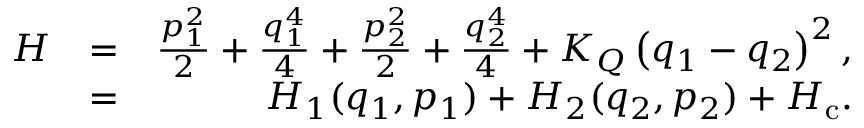
\begin{array} { r l r } { H } & { = } & { \frac { p _ { 1 } ^ { 2 } } { 2 } + \frac { q _ { 1 } ^ { 4 } } { 4 } + \frac { p _ { 2 } ^ { 2 } } { 2 } + \frac { q _ { 2 } ^ { 4 } } { 4 } + K _ { Q } \left( q _ { 1 } - q _ { 2 } \right) ^ { 2 } , } \\ & { = } & { H _ { 1 } ( q _ { 1 } , p _ { 1 } ) + H _ { 2 } ( q _ { 2 } , p _ { 2 } ) + H _ { \mathrm { c } } . } \end{array}